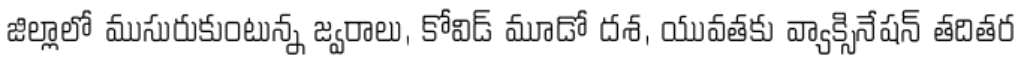
జిల్లాలో ముసురుకుంటున్న జ్వరాలు, కోవిడ్ మూడో దశ, యువతకు వ్యాక్సినేషన్ తదితర